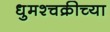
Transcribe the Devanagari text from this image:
धुमश्चक्रीच्या